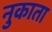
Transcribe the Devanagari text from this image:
नुकाता